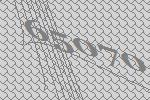
65070